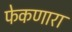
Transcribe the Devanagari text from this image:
फेकणारा